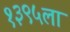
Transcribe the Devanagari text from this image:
१३९५ला